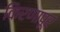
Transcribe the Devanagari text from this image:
किरणापूर